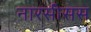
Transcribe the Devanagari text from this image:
नारसीसस